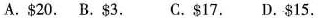
A.$20. B.$3. C.$17. D.$15.